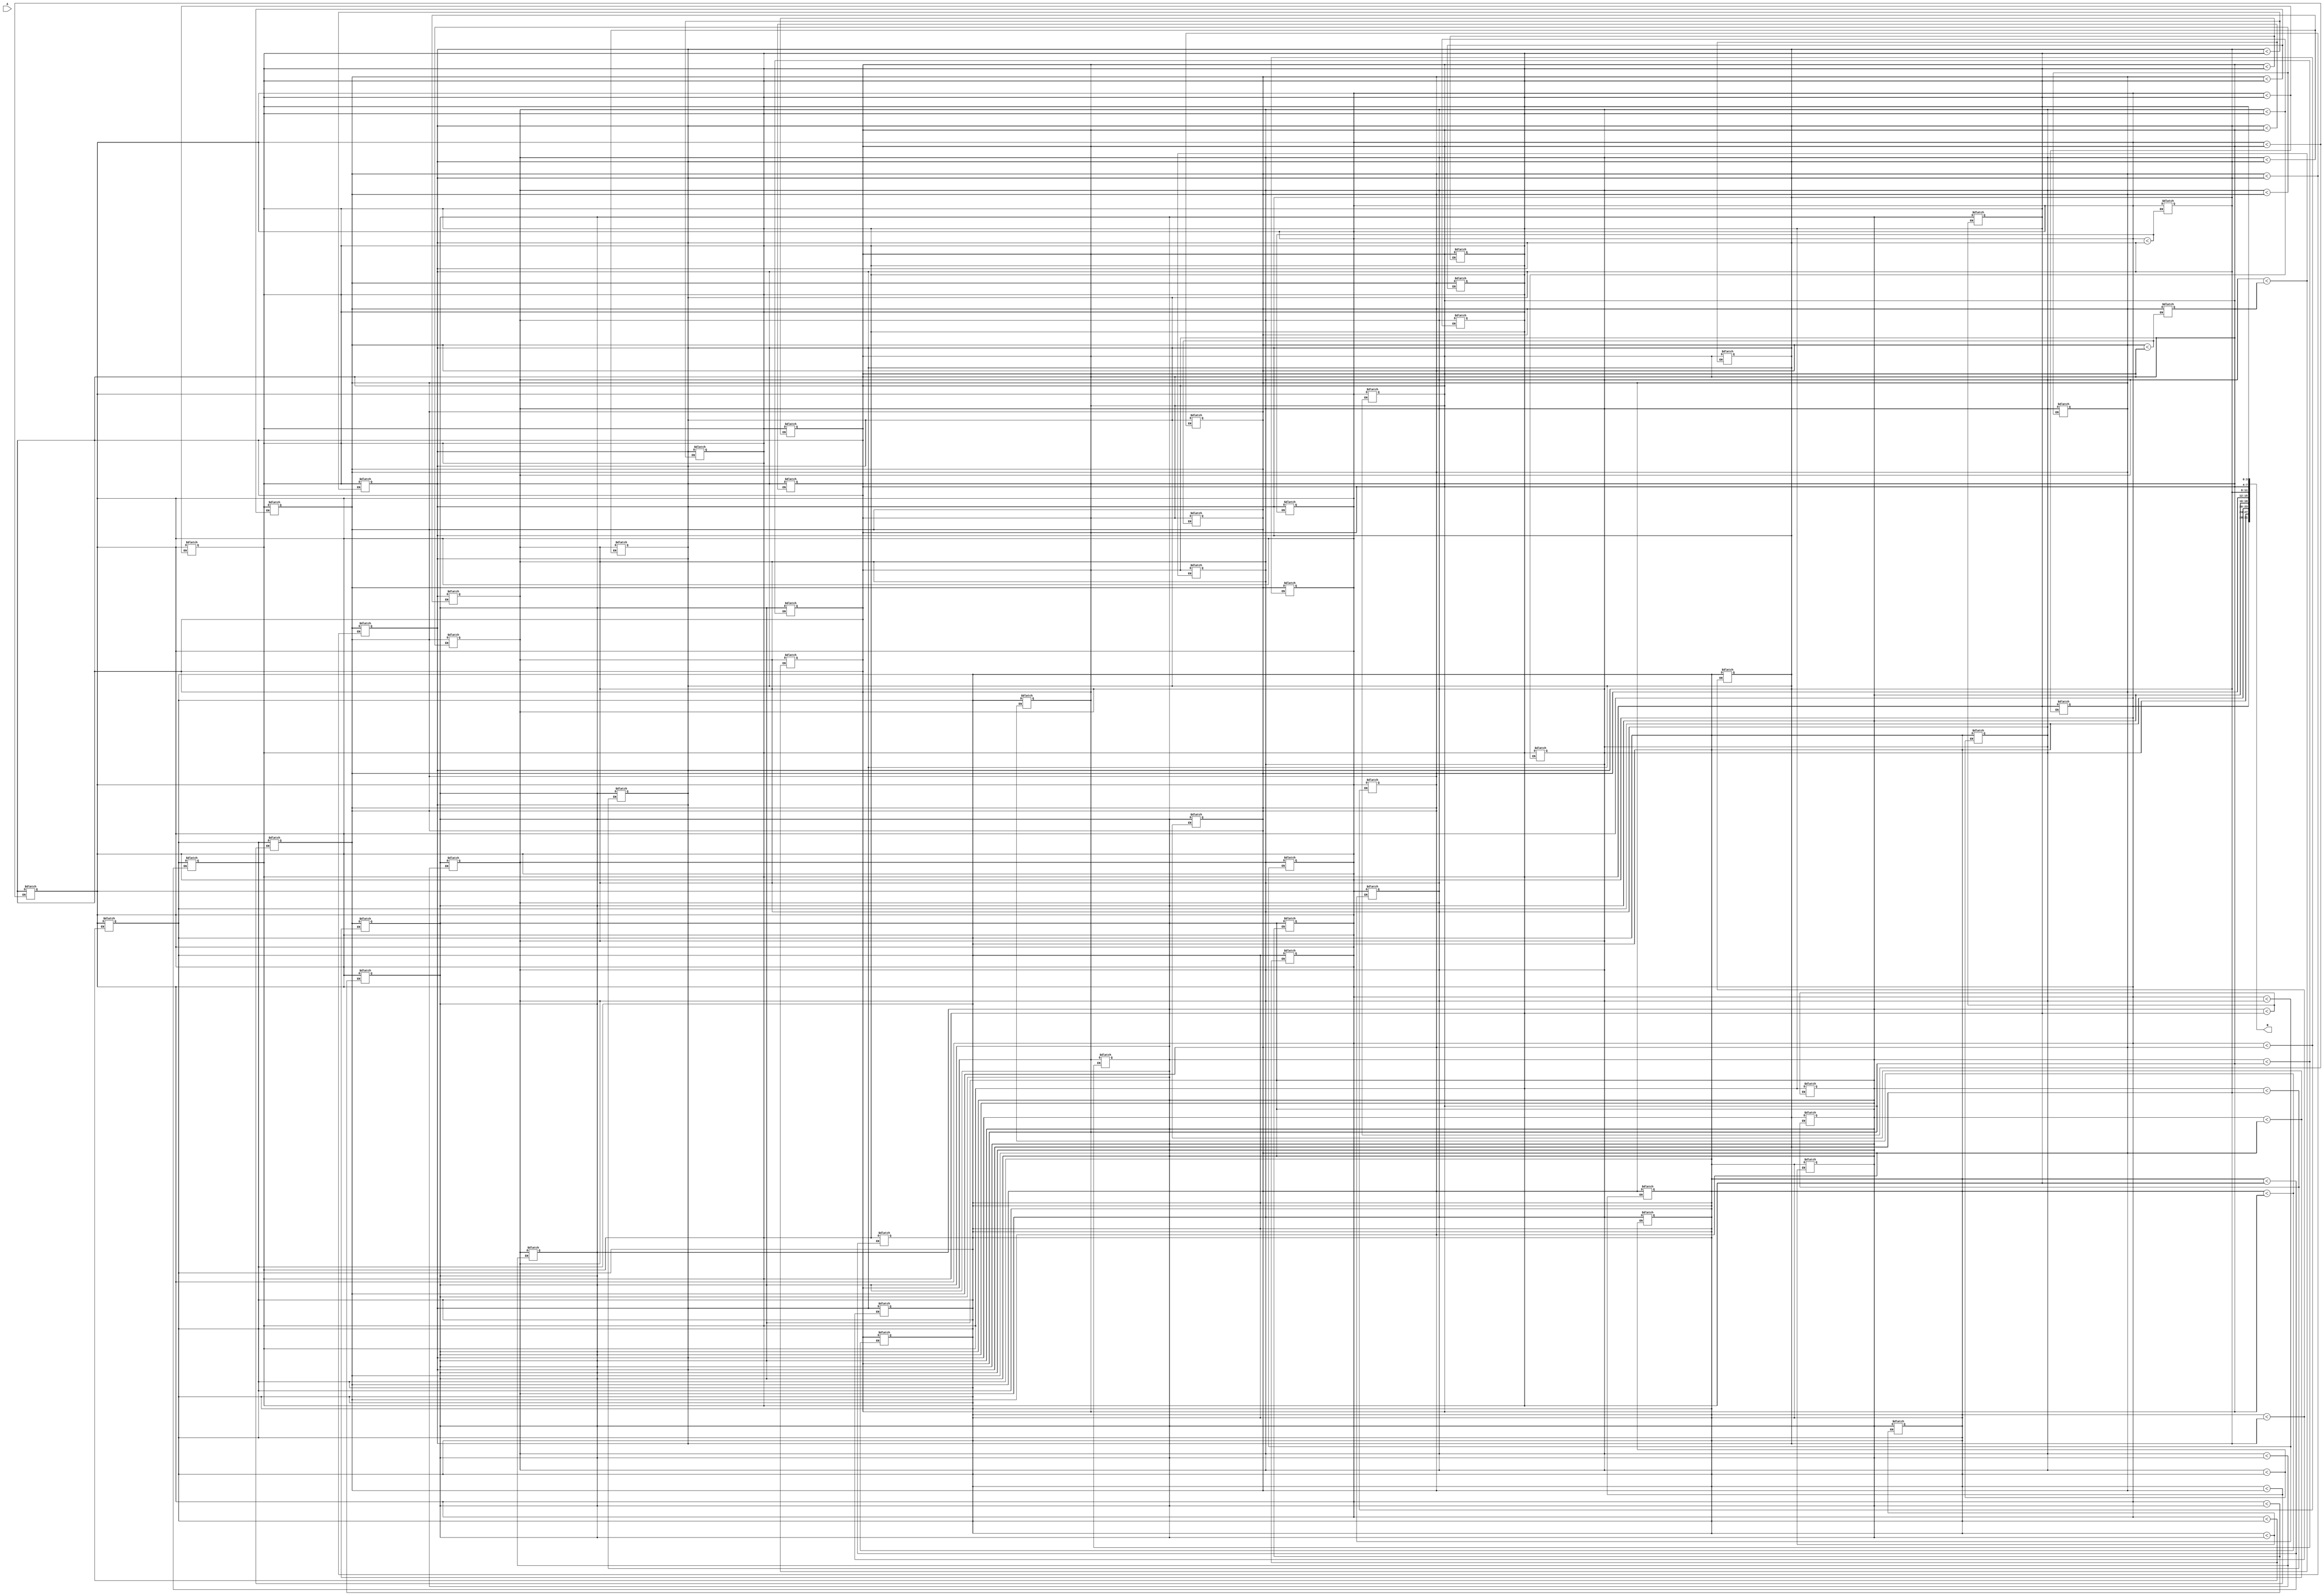
module sort(input [31:0] A, output [31:0] B);

	reg [3:0] I[8:0], tmp;
	/* Implement your design here. */
	genvar i;
    generate
        for (i = 0; i < 8; i = i + 1) begin
            always @* begin
                I[i] = A[(4*i)+3 -: 4];
            end
        end
    endgenerate


    genvar j;
    generate
        for (i = 0; i < 8; i = i + 1) begin
            for (j = i + 1; j < 8; j = j + 1) begin
                always @* begin
                    if (I[i] < I[j]) begin
                        
                        tmp = I[i];
                        I[i] = I[j];
                        I[j] = tmp;
                    end
                end
            end
        end
    endgenerate
	genvar k;
	generate 
		for (k = 0; k < 8; k = k + 1) begin
			assign B[(31-(k*4)) -: 4] = I[k]; 
		end
	endgenerate
endmodule